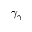
\gamma _ { \gamma }